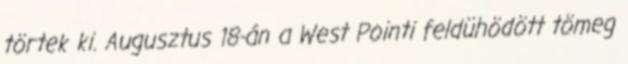
törtek ki. Augusztus 18-án a West Pointi feldühödött tömeg